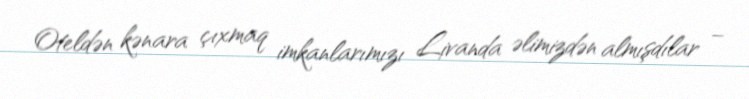
Oteldən kənara çıxmaq imkanlarımızı Livanda əlimizdən almışdılar –